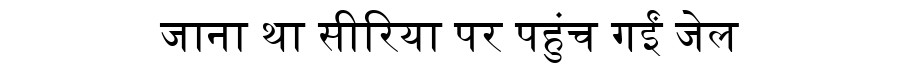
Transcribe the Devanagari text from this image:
जाना था सीरिया पर पहुंच गईं जेल